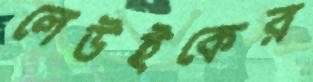
লেউইকের